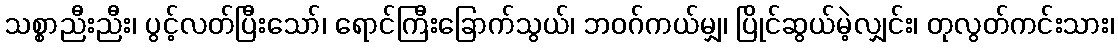
သစ္စာညီးညီး၊ ပွင့်လတ်ပြီးသော်၊ ရောင်ကြီးခြောက်သွယ်၊ ဘဝဂ်ကယ်မျှ၊ ပြိုင်ဆွယ်မဲ့လျှင်း၊ တုလွတ်ကင်းသား၊